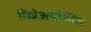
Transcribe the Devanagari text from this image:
मिन्नेअपोलिस